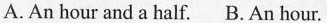
A.An hour and a half. B.An hour.